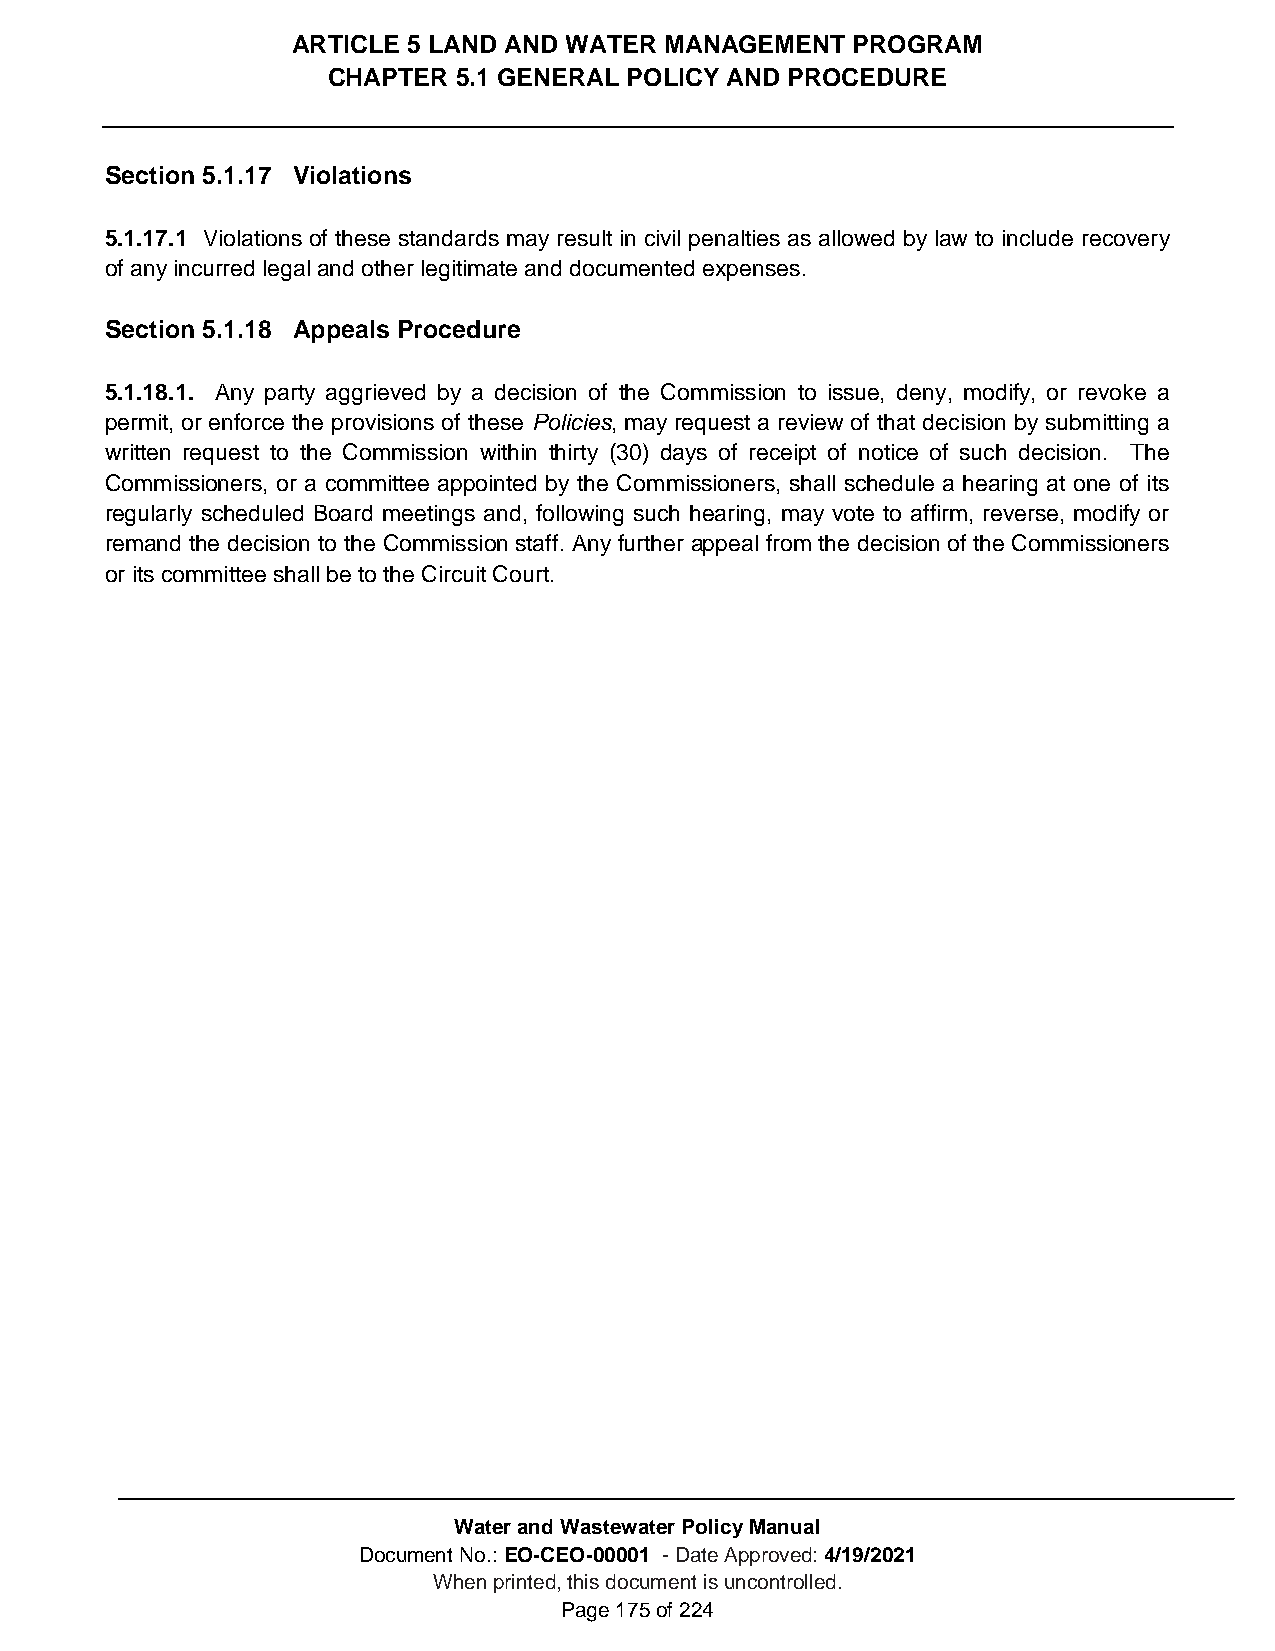
ARTICLE 5 LAND AND WATER MANAGEMENT  PROGRAM
 CHAPTER 5.1 GENERAL POLICY AND PROCEDURE
 Section 5.1.17 Violations
 5.1.17.1 Violations of these standards may result in civil penalties as allowed by law to include recovery
 of any incurred legal and other legitimate and documented expenses.
 Section 5.1.18 Appeals Procedure
 5.1.18.1. Any party aggrieved by a decision of the Commission to issue, deny, modify, or revoke a
 permit, or enforce the provisions of these Policies, may request a review of that decision by submitting a
 written request to the Commission within thirty (30) days of receipt of notice of such decision. The
 Commissioners, or a committee appointed by the Commissioners, shall schedule a hearing at one of its
 regularly scheduled Board meetings and, following such hearing, may vote to affirm, reverse, modify or
 remand the decision to the Commission staff. Any further appeal from the decision of the Commissioners
 or its committee shall be to the Circuit Court.
 Water and Wastewater Policy Manual
 Document No.: EO-CEO-00001 - Date Approved: 4/19/2021
 When printed, this document is uncontrolled.
 Page 175 of 224